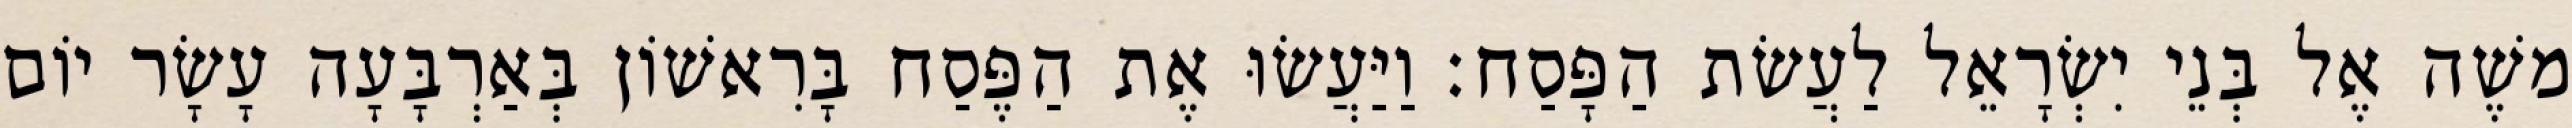
משֶׁה אֶל בְּנֵי יִשְׂרָאֵל לַעֲשׂת הַפָּסַח׃ וַיַּעֲשׂוּ אֶת הַפֶּסַח בָּרִאשׁוֹן בְּאַרְבָּעָה עָשָׂר יוֹם